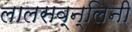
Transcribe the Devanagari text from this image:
लालसव्न्लिनी